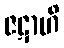
ဇဋာဟိ